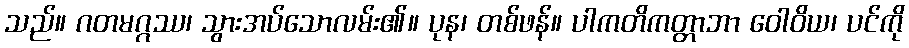
သည်။ ဂတမဂ္ဂဿ၊ သွားအပ်သောလမ်း၏။ ပုန၊ တစ်ဖန်။ ပါကတိကတ္တာဘာ ဝေါဝိယ၊ ပင်ကို